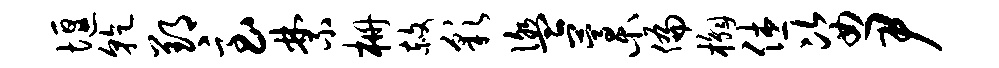
堰干郢急禁栅赦彩盥藁偏槲休姿尹